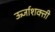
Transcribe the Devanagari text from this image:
ऊर्जाशक्ती